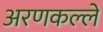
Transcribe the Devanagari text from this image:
अरणकल्ले